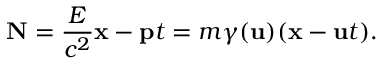
\mathbf { N } = { \frac { E } { c ^ { 2 } } } \mathbf { x } - \mathbf { p } t = m \gamma ( \mathbf { u } ) ( \mathbf { x } - \mathbf { u } t ) .